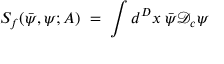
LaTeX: S _ { f } ( { \bar { \psi } } , \psi ; A ) \; = \; \int d ^ { D } x \; { \bar { \psi } } { \mathcal D } _ { c } \psi